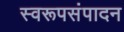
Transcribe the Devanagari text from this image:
स्वरूपसंपादन